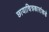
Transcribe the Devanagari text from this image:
छायाचित्रकारांकडे